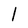
Character: l